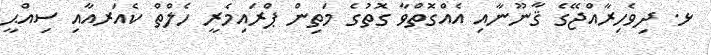
ޅ. ދިވެހިރާއްޖޭގެ ޤާނޫނާއި އެއްގޮތްވާ ގޮތުގެ މަތިން ޕްރައިމެރީ ހެލްތް ކެއަރއާއި ސިއްޙީ